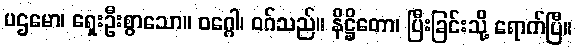
ပဌမော၊ ရှေးဦးစွာသော။ ဝဂ္ဂေါ၊ ဝဂ်သည်။ နိဋ္ဌိတော၊ ပြီးခြင်းသို့ ရောက်ပြီ။